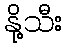
နို့သီး